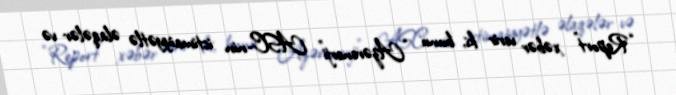
“Report” xəbər verir ki, bunu “Azərenerji” ASC-nin ictimaiyyətlə əlaqələr və